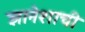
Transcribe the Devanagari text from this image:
ज्ञानेशाची